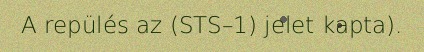
A repülés az (STS–1) jelet kapta).